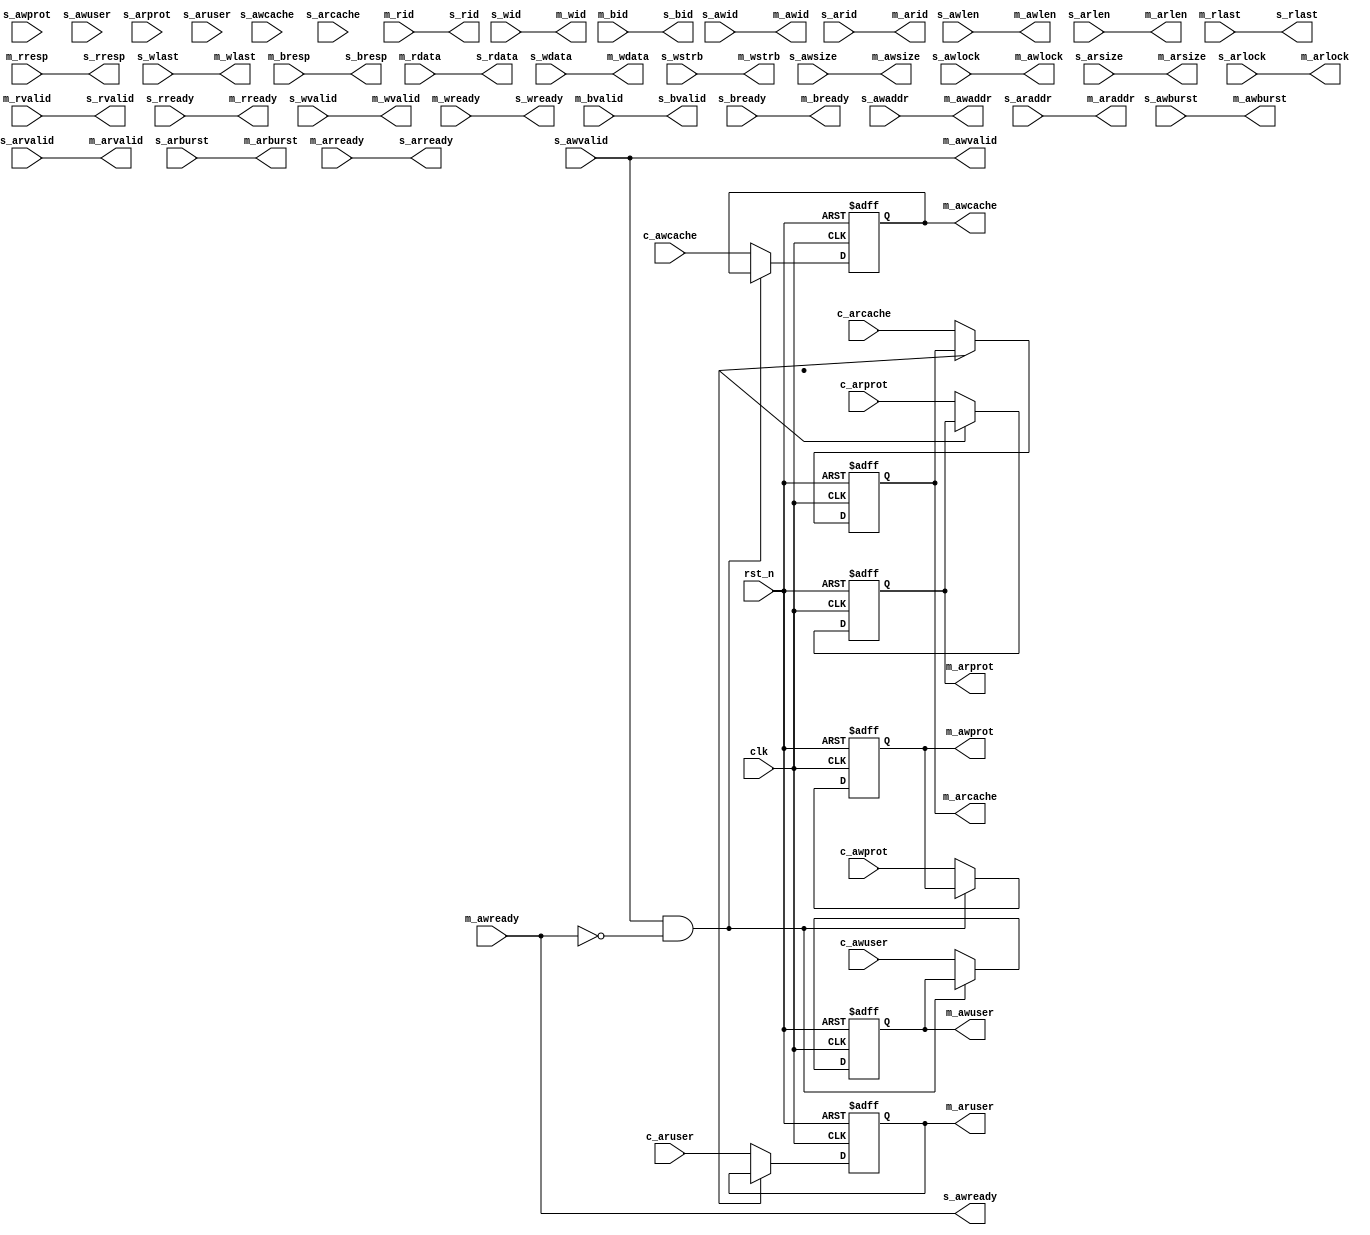
// From
// https://github.com/robertofem/CycloneVSoC-examples/blob/master/FPGA-hardware/DE1-SoC/FPGA_DMA/ip/axi_conduit_merger/axi_conduit_merger.v

module axi_conduit_merger #(
  parameter ID_WIDTH      = 1,
  parameter DATA_WIDTH    = 128,
  parameter ADDRESS_WIDTH = 32,
  parameter AXUSER_WIDTH  = 5  
) (
// axi master
output       				m_awvalid,  
output [3:0] 				m_awlen  ,  
output [2:0] 				m_awsize ,  
output [1:0] 				m_awburst,  
output [1:0] 				m_awlock ,  
output [3:0] 				m_awcache,  
output [2:0] 				m_awprot ,  
input        				m_awready,  
output [AXUSER_WIDTH-1:0] 	m_awuser ,  
output       				m_arvalid,  
output [3:0] 				m_arlen  ,  
output [2:0] 				m_arsize ,  
output [1:0] 				m_arburst,  
output [1:0] 				m_arlock ,  
output [3:0] 				m_arcache,  
output [2:0] 				m_arprot ,  
input        				m_arready,  
output [AXUSER_WIDTH-1:0] 	m_aruser ,  
input        				m_rvalid ,  
input        				m_rlast  ,  
input  [1:0] 				m_rresp  ,  
output       				m_rready ,  
output       				m_wvalid ,  
output       				m_wlast  ,  
input        				m_wready ,  
input        				m_bvalid ,  
input  [1:0] 				m_bresp  ,  
output       				m_bready ,  
output [ADDRESS_WIDTH-1:0] 	m_awaddr ,   
output [ID_WIDTH-1:0] 		m_awid   ,   
output [ADDRESS_WIDTH-1:0] 	m_araddr ,   
output [ID_WIDTH-1:0] 		m_arid   ,   
input  [DATA_WIDTH-1:0] 	m_rdata  ,   
input  [ID_WIDTH-1:0] 		m_rid    ,   
output [DATA_WIDTH-1:0] 	m_wdata  ,   
output [DATA_WIDTH/8-1:0]  	m_wstrb  ,   
output [ID_WIDTH-1:0] 		m_wid    ,   
input  [ID_WIDTH-1:0] 		m_bid    ,   

// axi slave
input       				s_awvalid,  
input  [3:0] 				s_awlen  ,  
input  [2:0] 				s_awsize ,  
input  [1:0] 				s_awburst,  
input  [1:0] 				s_awlock ,  
input  [3:0] 				s_awcache,  
input  [2:0] 				s_awprot ,  
output         				s_awready,  
input  [AXUSER_WIDTH-1:0] 	s_awuser ,  
input       				s_arvalid,  
input  [3:0] 				s_arlen  ,  
input  [2:0] 				s_arsize ,  
input  [1:0] 				s_arburst,  
input  [1:0] 				s_arlock ,  
input  [3:0] 				s_arcache,  
input  [2:0] 				s_arprot ,  
output         				s_arready,  
input  [AXUSER_WIDTH-1:0] 	s_aruser ,  
output        				s_rvalid ,  
output        				s_rlast  ,  
output [1:0] 				s_rresp  ,  
input       				s_rready ,  
input       				s_wvalid ,  
input       				s_wlast  ,  
output        				s_wready ,  
output        				s_bvalid ,  
output [1:0] 				s_bresp  ,  
input       				s_bready ,  
input  [ADDRESS_WIDTH-1:0] 	s_awaddr,   
input  [ID_WIDTH-1:0] 		s_awid  ,   
input  [ADDRESS_WIDTH-1:0] 	s_araddr,   
input  [ID_WIDTH-1:0] 		s_arid  ,   
output [DATA_WIDTH-1:0] 	s_rdata ,   
output [ID_WIDTH-1:0] 		s_rid   ,   
input  [DATA_WIDTH-1:0] 	s_wdata ,   
input  [DATA_WIDTH/8-1:0]  	s_wstrb ,   
input  [ID_WIDTH-1:0] 		s_wid   ,   
output [ID_WIDTH-1:0] 		s_bid   ,  

// conduits 
input [3:0] 				c_awcache,
input [2:0] 				c_awprot ,
input [AXUSER_WIDTH-1:0] 	c_awuser,
input [3:0] 				c_arcache,
input [2:0] 				c_arprot ,
input [AXUSER_WIDTH-1:0] 	c_aruser,
	  
// clock and reset
input    					clk,
input    					rst_n 
);

wire                        axi_wbus_bp;
wire                        axi_rbus_bp;
wire [3:0] 					v_awcache;
wire [2:0] 					v_awprot;
wire [AXUSER_WIDTH-1:0] 	v_awuser;
reg  [3:0] 					r_awcache;
reg  [2:0] 					r_awprot;
reg  [AXUSER_WIDTH-1:0] 	r_awuser;
wire [3:0] 					v_arcache;
wire [2:0] 					v_arprot;
wire [AXUSER_WIDTH-1:0] 	v_aruser;
reg  [3:0] 					r_arcache;
reg  [2:0] 					r_arprot;
reg  [AXUSER_WIDTH-1:0] 	r_aruser;

assign axi_wbus_bp = s_awvalid & ~m_awready;
assign v_awcache  = (!axi_wbus_bp) ? c_awcache : r_awcache;
assign v_awprot   = (!axi_wbus_bp) ? c_awprot  : r_awprot;
assign v_awuser   = (!axi_wbus_bp) ? c_awuser  : r_awuser;
assign v_arcache  = (!axi_rbus_bp) ? c_arcache : r_arcache;
assign v_arprot   = (!axi_rbus_bp) ? c_arprot  : r_arprot;
assign v_aruser   = (!axi_rbus_bp) ? c_aruser  : r_aruser;

always @(posedge clk or negedge rst_n) begin
if (!rst_n) begin
  r_awcache <= 4'd0;
  r_awprot  <= 3'd0;
  r_awuser  <= {AXUSER_WIDTH{1'b0}};
  r_arcache <= 4'd0;
  r_arprot  <= 3'd0;
  r_aruser  <= {AXUSER_WIDTH{1'b0}};
  end
else begin
  r_awcache <= v_awcache;
  r_awprot  <= v_awprot;
  r_awuser  <= v_awuser;
  r_arcache <= v_arcache;
  r_arprot  <= v_arprot;
  r_aruser  <= v_aruser;
  end
end

// conduit signals replacement
assign m_awcache = r_awcache;
assign m_awprot  = r_awprot;
assign m_awuser  = r_awuser;
assign m_arcache = r_arcache;
assign m_arprot  = r_arprot;
assign m_aruser  = r_aruser;

// axi bus assignment
assign m_awvalid = s_awvalid   ;
assign m_awlen   = s_awlen     ;
assign m_awsize  = s_awsize    ;
assign m_awburst = s_awburst   ;
assign m_awlock  = s_awlock    ;
// assign m_awcache = s_awcache;
// assign m_awprot  = s_awprot ;
// assign m_awuser  = s_awuser ;
assign m_awaddr  = s_awaddr    ;
assign m_awid    = s_awid      ;
assign s_awready = m_awready   ;
assign m_arvalid = s_arvalid   ;
assign m_arlen   = s_arlen     ;
assign m_arsize  = s_arsize    ;
assign m_arburst = s_arburst   ;
assign m_arlock  = s_arlock    ;
// assign m_arcache = s_arcache;
// assign m_arprot  = s_arprot ;
// assign m_aruser  = s_aruser ;
assign m_araddr  = s_araddr    ;
assign m_arid    = s_arid      ;
assign s_arready = m_arready   ;
assign s_rvalid  = m_rvalid    ;
assign s_rlast   = m_rlast     ;
assign s_rresp   = m_rresp     ;
assign s_rdata   = m_rdata     ;
assign s_rid     = m_rid       ;
assign m_rready  = s_rready    ;
assign m_wvalid  = s_wvalid    ;
assign m_wlast   = s_wlast     ;
assign m_wdata   = s_wdata     ;
assign m_wstrb   = s_wstrb     ;
assign m_wid     = s_wid       ;
assign s_wready  = m_wready    ;
assign s_bvalid  = m_bvalid    ;
assign s_bresp   = m_bresp     ;
assign s_bid     = m_bid       ;
assign m_bready  = s_bready    ;      

endmodule